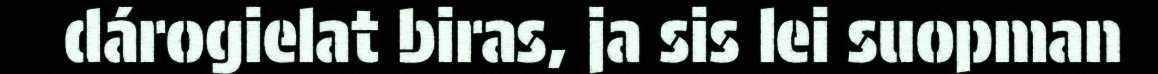
dárogielat biras, ja sis lei suopman